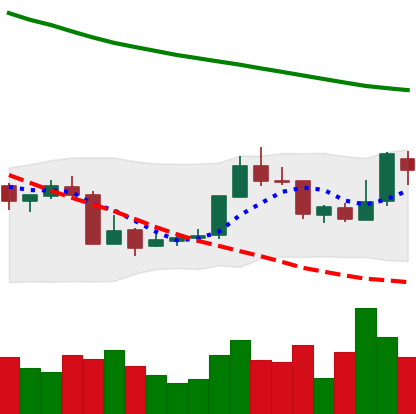
Ticker: XMR-USD
Chart end date: 2018-07-25
Forward return: -7.66%
Label: down_7plus